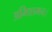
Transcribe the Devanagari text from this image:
अभिशमन।